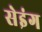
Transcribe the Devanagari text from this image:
सेइंग